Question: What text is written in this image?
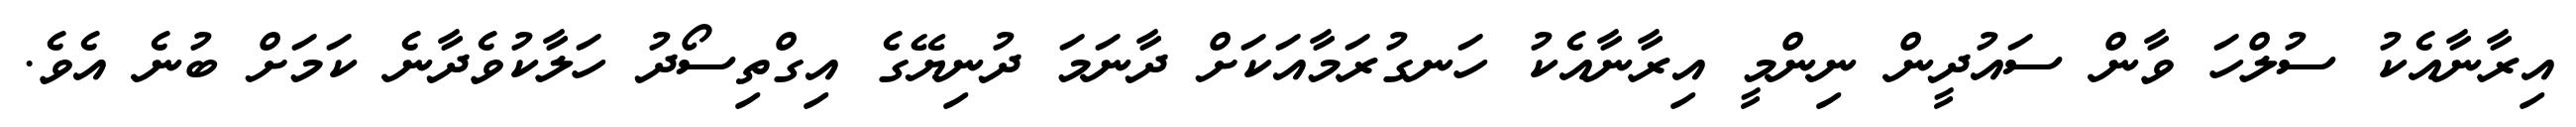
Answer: އިރާނާއެކު ސުލްހަ ވާން ސައުދީން ނިންމީ އިރާނާއެކު ހަނގުރަމާއަކަށް ދާނަމަ ދުނިޔޭގެ އިގްތިސޯދު ހަލާކުވެދާނެ ކަމަށް ބުނެ އެވެ.